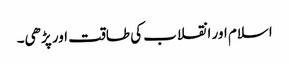
اسلام اور انقلاب کی طاقت اور پڑھی۔